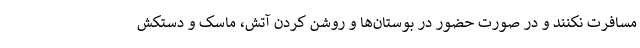
مسافرت نکنند و در صورت حضور در بوستان‌ها و روشن کردن آتش، ماسک و دستکش